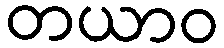
တယာဝ